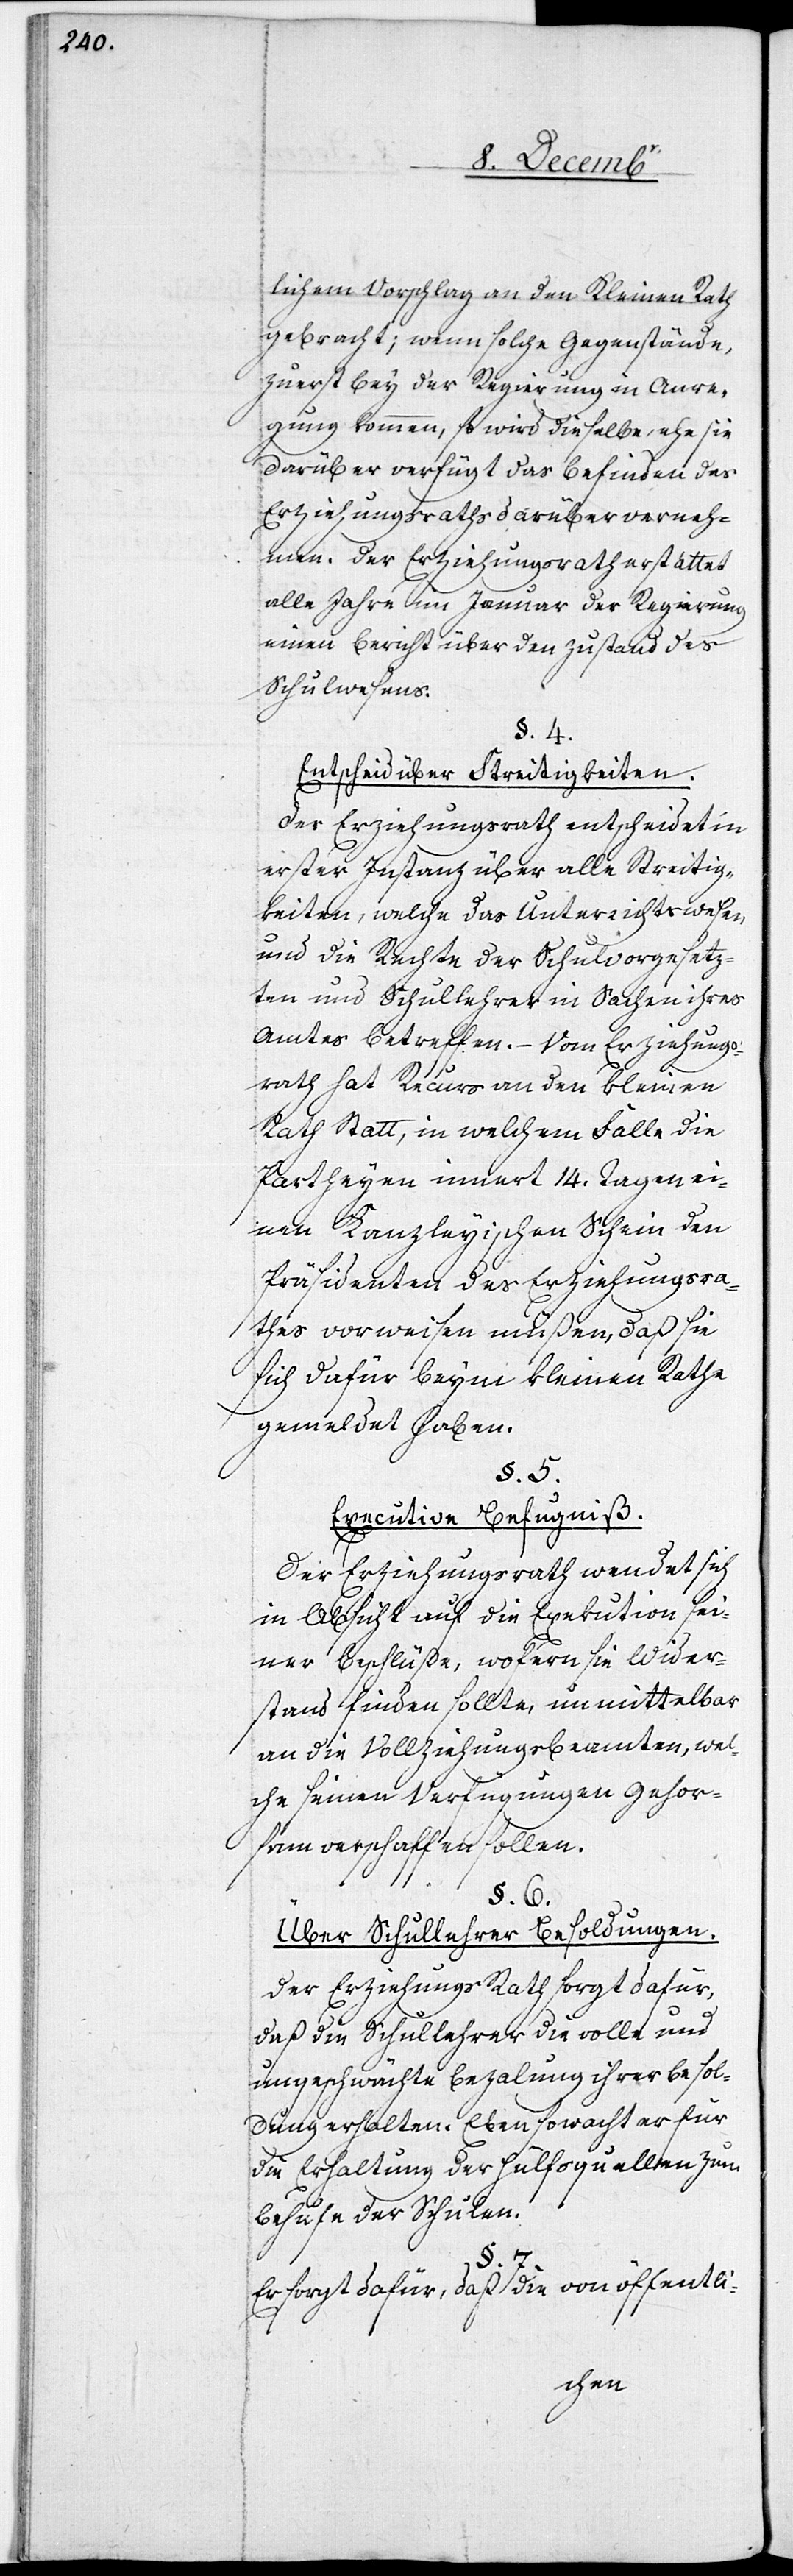
lichem Vorschlag an den Kleinen Rath
gebracht; wenn solche Gegenstände,
zuerst bey der Regierung in Anre¬
gung kommen, so wird dieselbe, ehe sie
darüber verfügt[,] das Befinden des
Erziehungsraths darüber verneh¬
men. Der Erziehungsrath erstattet
alle Jahre im Januar der Regierung
einen Bericht über den Zustand des
Schulwesens.
§. 4.
Entscheid über Streitigkeiten.
Der Erziehungsrath entscheidet in
erster Instanz über alle Streitig¬
keiten, welche das Unterrichtswesen
und die Rechte der Schulvorgesetz¬
ten und Schullehrer in Sachen ihres
Amtes betreffen. – Vom Erziehungs¬
rath hat Rekurs an den kleinen
Rath Statt, in welchem Falle die
Partheyen innert 14. Tagen ei¬
nen Kanzleyischen Schein den
Präsidenten des Erziehungsra¬
thes vorweisen müßen, daß sie
sich dafür beym kleinen Rathe
gemeldet haben.
§. 5.
Exekutive Befugniß.
Der Erziehungsrath wendet sich
in Absicht auf die Exekution sei¬
ner Beschlüße, wofern sie Wider¬
stand finden sollte, unmittelbar
an die Vollziehungsbeamten, wel¬
che seinen Verfügungen Gehor¬
sam verschaffen sollen.
§. 6.
Über Schullehrer-Besoldungen.
Der Erziehungs[-]Rath sorgt dafür,
daß die Schullehrer die volle und
ungeschwächte Bezalung ihrer Besol¬
dung erhalten. Eben so wacht er für
die Erhaltung der Hülfsquellen zum
Behufe der Schulen.
§. 7.
Er sorgt dafür, daß die von öffentli-